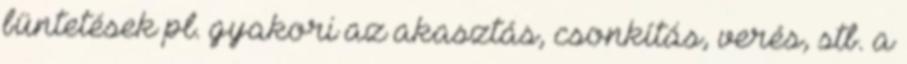
büntetések pl. gyakori az akasztás, csonkítás, verés, stb. a